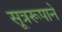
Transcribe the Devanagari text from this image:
सूत्ररूपाने